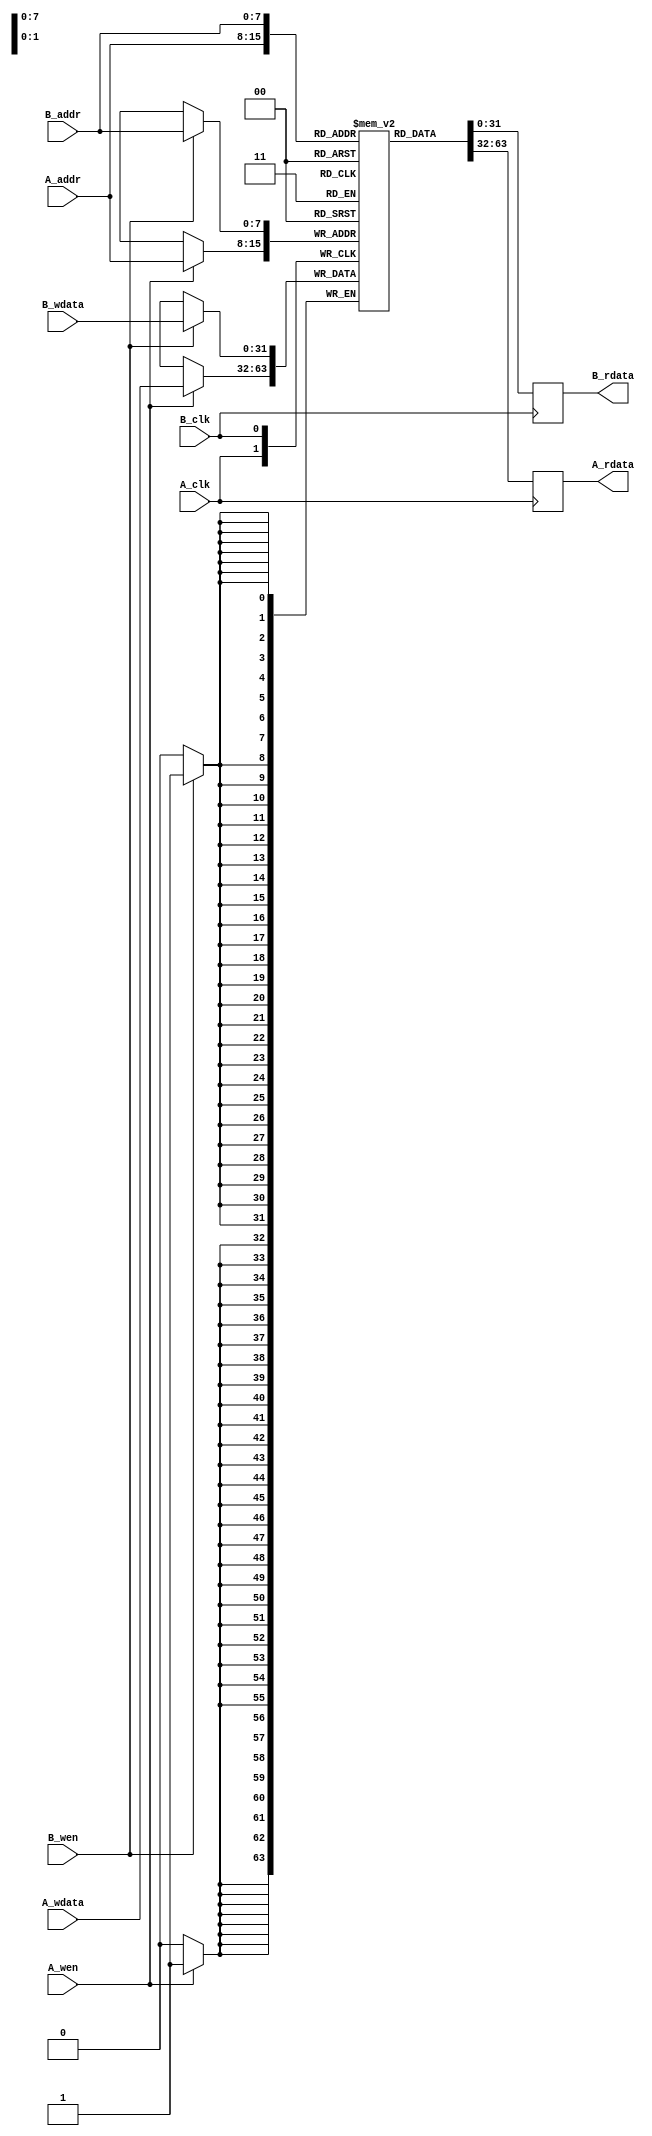
module dual_port_scratchpad_memory #(
    parameter MEM_SIZE = 256,   // Number of entries
    parameter DATA_WIDTH = 32    // Width of each entry
)(
    // Port A
    input wire [clog2(MEM_SIZE)-1:0] A_addr,
    input wire [DATA_WIDTH-1:0] A_wdata,
    input wire A_wen,
    input wire A_clk,
    output reg [DATA_WIDTH-1:0] A_rdata,

    // Port B
    input wire [clog2(MEM_SIZE)-1:0] B_addr,
    input wire [DATA_WIDTH-1:0] B_wdata,
    input wire B_wen,
    input wire B_clk,
    output reg [DATA_WIDTH-1:0] B_rdata
);

    // Memory array declaration
    reg [DATA_WIDTH-1:0] memory [0:MEM_SIZE-1];

    // Calculate the logarithm base 2
    function integer clog2;
        input integer value;
        begin
            value = value - 1;
            for (clog2 = 0; value > 0; clog2 = clog2 + 1)
                value = value >> 1;
        end
    endfunction

    // Port A operations
    always @(posedge A_clk) begin
        if (A_wen) begin
            memory[A_addr] <= A_wdata; // Write data to memory
        end
        A_rdata <= memory[A_addr]; // Read data from memory
    end

    // Port B operations
    always @(posedge B_clk) begin
        if (B_wen) begin
            memory[B_addr] <= B_wdata; // Write data to memory
        end
        B_rdata <= memory[B_addr]; // Read data from memory
    end

endmodule